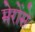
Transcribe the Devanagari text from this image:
मेरोंसे